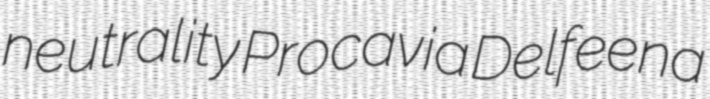
neutrality Procavia Delfeena